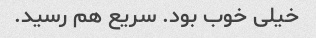
خیلی خوب بود. سریع هم رسید.